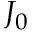
J _ { 0 }